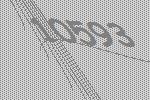
10593